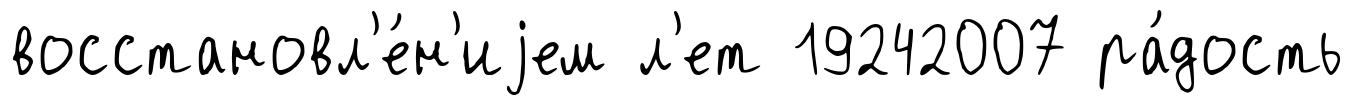
восстановл'е́н'иjем л'ет 19242007 ра́дость